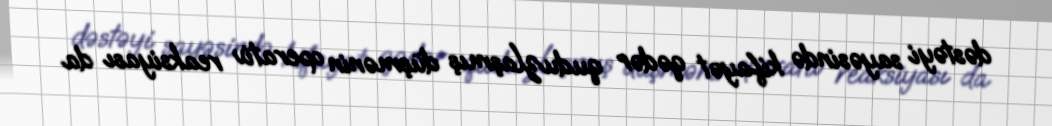
dəstəyi sayəsində kifayət qədər quduzlaşmış düşmənin operativ reaksiyası da